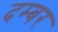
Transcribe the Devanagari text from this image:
दम्बर